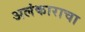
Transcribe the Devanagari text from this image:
अलंकाराचा